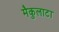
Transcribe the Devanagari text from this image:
मैकुलाटा